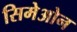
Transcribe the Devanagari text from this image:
सिमेओन